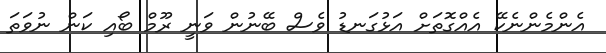
އެންމެންނެކޭ އެއްގޮތަށް އަޅުގަނޑު ވެސް ބޭނުން ވަނީ ރޫމް ބޯއި ކަން ނުވަތަ